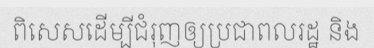
ពិសេសដើម្បីជំរុញឲ្យប្រជាពលរដ្ឋ និង